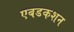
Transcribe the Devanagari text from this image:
एबडकशन